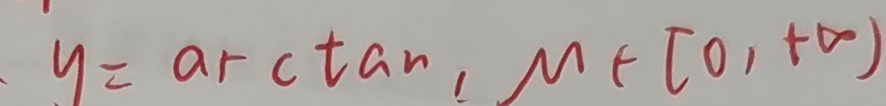
y = \arctan , \mu \in [ 0 , + \infty )